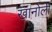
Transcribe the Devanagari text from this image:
खानोली